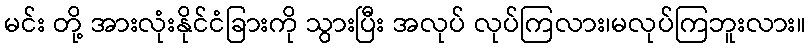
မင်း တို့ အားလုံးနိုင်ငံခြားကို သွားပြီး အလုပ် လုပ်ကြလား၊မလုပ်ကြဘူးလား။